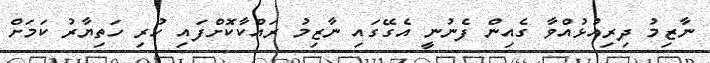
ނާޒިމު ދިރިއުޅުއްވާ ގެއިން ފެނުނީ އެގޭގައި ނާޒިމު ރައްކާކޮށްފައި ހުރި ހަތިޔާރު ކަމަށް